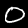
Label: 0